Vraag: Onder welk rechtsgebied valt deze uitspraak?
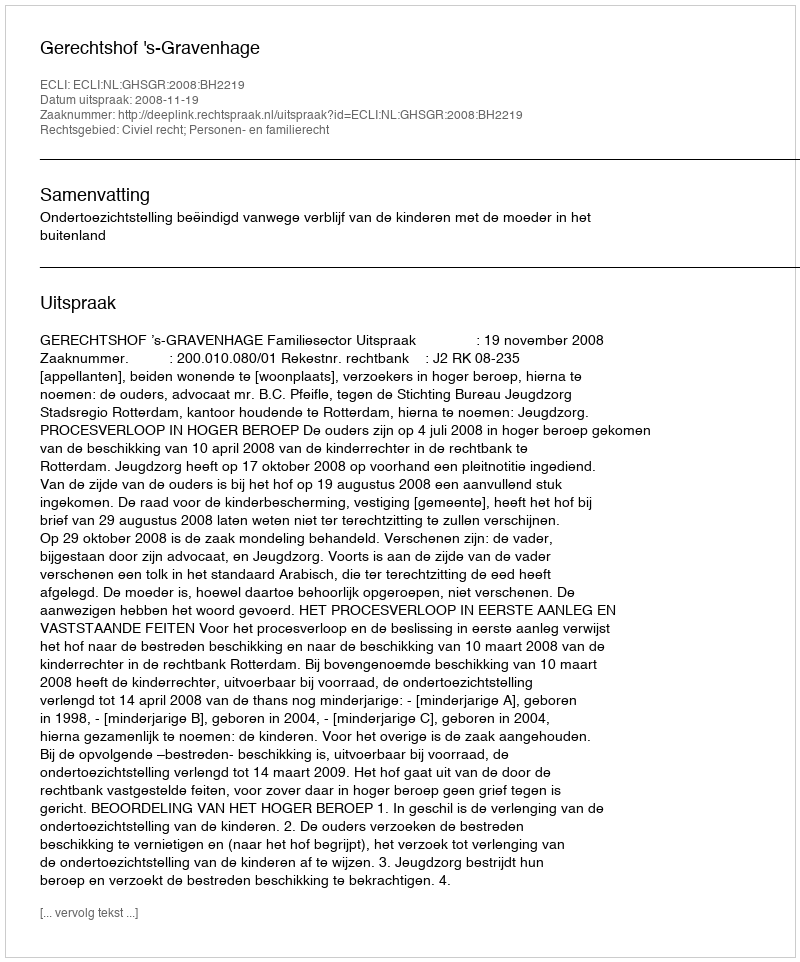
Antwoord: Civiel recht; Personen- en familierecht